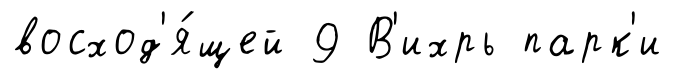
восход'я́щей 9 В'ихрь парк'и